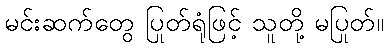
မင်းဆက်တွေ ပြုတ်ရုံဖြင့် သူတို့ မပြုတ်။